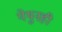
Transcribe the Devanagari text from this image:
येथुनही